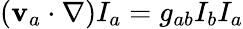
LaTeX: \begin{array}{r}{(\mathbf{v}_{a}\cdot\nabla)I_{a}=g_{ab}I_{b}I_{a}}\end{array}